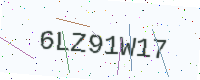
Text: 6LZ91W17